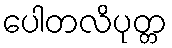
ပေါတလိပုတ္တ